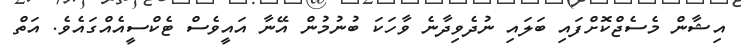
އިޝާން މެސެޖްކޮށްފައި ބަލައި ނުދެވިދާނެ ވާހަކަ ބުނުމުން އޭނާ އައީވެސް ޓެކްސީއެއްގައެވެ. އަތް